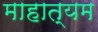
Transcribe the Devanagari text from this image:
माहात्यम